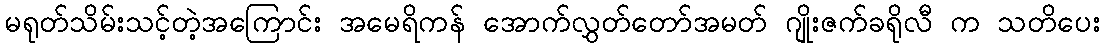
မရုတ်သိမ်းသင့်တဲ့အကြောင်း အမေရိကန် အောက်လွှတ်တော်အမတ် ဂျိုးဇက်ခရိုလီ က သတိပေး